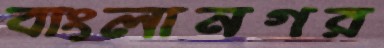
বাংলানগর